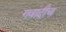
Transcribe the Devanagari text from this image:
गवांदीच